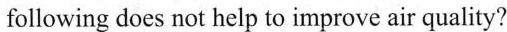
following does not help to improve air quality?